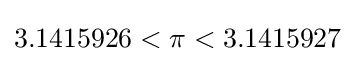
3.1415926<\pi <3.1415927